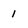
Character: 1